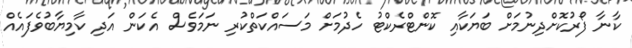
ކާނާ ފޯރުކޮށްދިނުމަށް ބަޔަކާއި ކޮންޓްރެކްޓު ހެދުމަށް މަސައްކަތްކުރި ނަމަވެސް އެކަން އަދި ކާމިޔާބުވެފައެއް